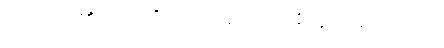
လင်္ကာ၏ အကိုင်းအခက်တစ်ခု ဖြစ်သည်။